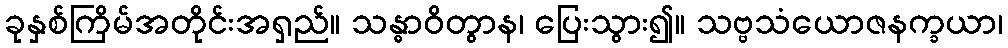
ခုနှစ်ကြိမ်အတိုင်းအရှည်။ သန္ဓာဝိတွာန၊ ပြေးသွား၍။ သဗ္ဗသံယောဇနက္ခယာ၊